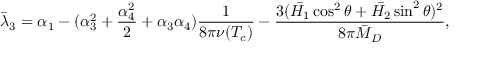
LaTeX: \bar { \lambda } _ { 3 } = \alpha _ { 1 } - ( \alpha _ { 3 } ^ { 2 } + { \frac { \alpha _ { 4 } ^ { 2 } } { 2 } } + \alpha _ { 3 } \alpha _ { 4 } ) { \frac { 1 } { 8 \pi \nu ( T _ { c } ) } } - { \frac { 3 ( \bar { H _ { 1 } } \cos ^ { 2 } \theta + \bar { H _ { 2 } } \sin ^ { 2 } \theta ) ^ { 2 } } { 8 \pi \bar { M } _ { D } } } ,